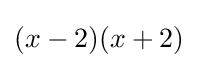
(x-2)(x+2)